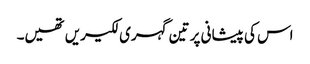
اس کی پیشانی پر تین گہری لکیریں تھیں۔